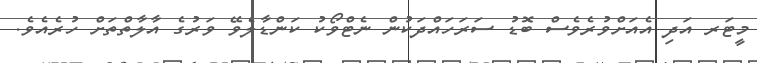
މީޓަރ އަދި އެއަށްވުރެވެސް ބޮޑު ސަރަހައްދަކުން ނެޓްވޯކު ކަންޑާލެވޭ ވަރުގެ އާލާތްތަށް ހުރެއެވެ.